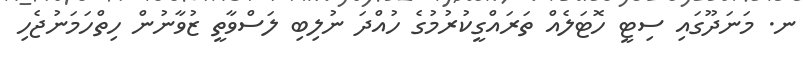
ނ. މަނަދޫގައި ސިޓީ ހޮޓަލެއް ތަރައްގީކުރުމުގެ ހުއްދަ ނުލިބި ލަސްވާތީ ޒުވާނުން ހިތްހަމަނުޖެހި